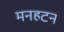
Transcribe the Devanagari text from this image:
मनहटन